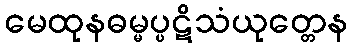
မေထုနဓမ္မပ္ပဋိသံယုတ္တေန